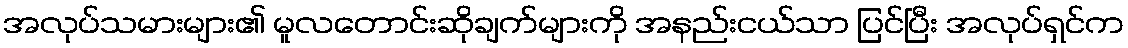
အလုပ်သမားများ၏ မူလတောင်းဆိုချက်များကို အနည်းငယ်သာ ပြင်ပြီး အလုပ်ရှင်က